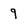
Character: 9